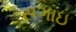
સગાઇ